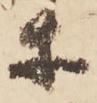
等